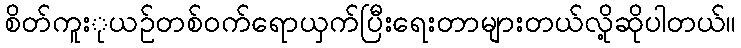
စိတ်ကူးုယဥ်တစ်ဝက်ရောယှက်ပြီးရေးတာများတယ်လို့ဆိုပါတယ်။